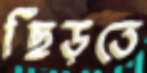
ছিঁড়তে